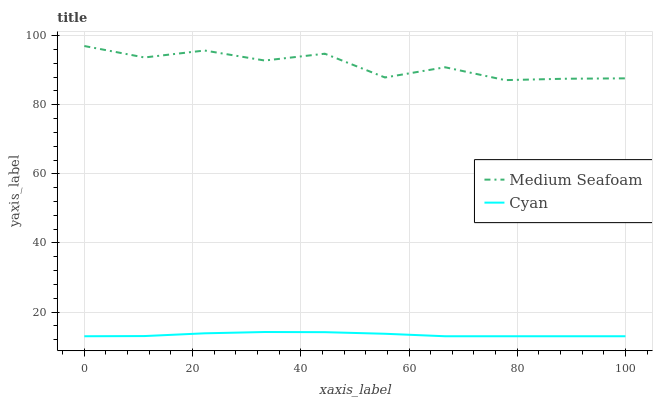
| xaxis_label | Medium Seafoam | Cyan |
 | --- | --- | --- |
 | 0 | 97 | 13 |
 | 11.1 | 93.7 | 13.1 |
 | 22.2 | 95.7 | 13.8 |
 | 33.3 | 92.8 | 14.2 |
 | 44.4 | 94.8 | 14.2 |
 | 55.6 | 87.9 | 13.7 |
 | 66.7 | 90.9 | 13 |
 | 77.8 | 87.1 | 13 |
 | 88.9 | 87.5 | 13 |
 | 100 | 87.6 | 13 |